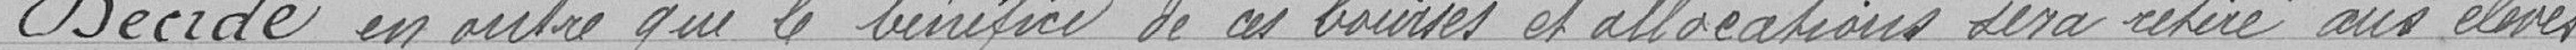
Décide en outre que le bénéfice de ces bourses d'allocations sera retiré aux élèves